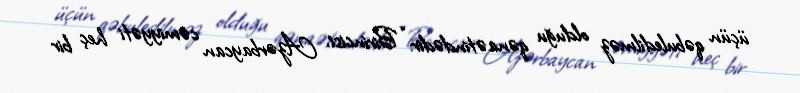
üçün qəbuledilməz olduğu qənaətindədir: “Birincisi, Azərbaycan cəmiyyəti heç bir